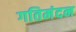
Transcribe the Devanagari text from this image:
गतिमंदन